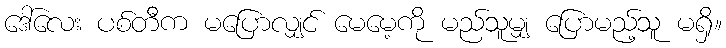
ဒေါ်လေး ပစ်တီက မပြောလျှင် မေမေ့ကို မည်သူမျှ ပြောမည့်သူ မရှိ။